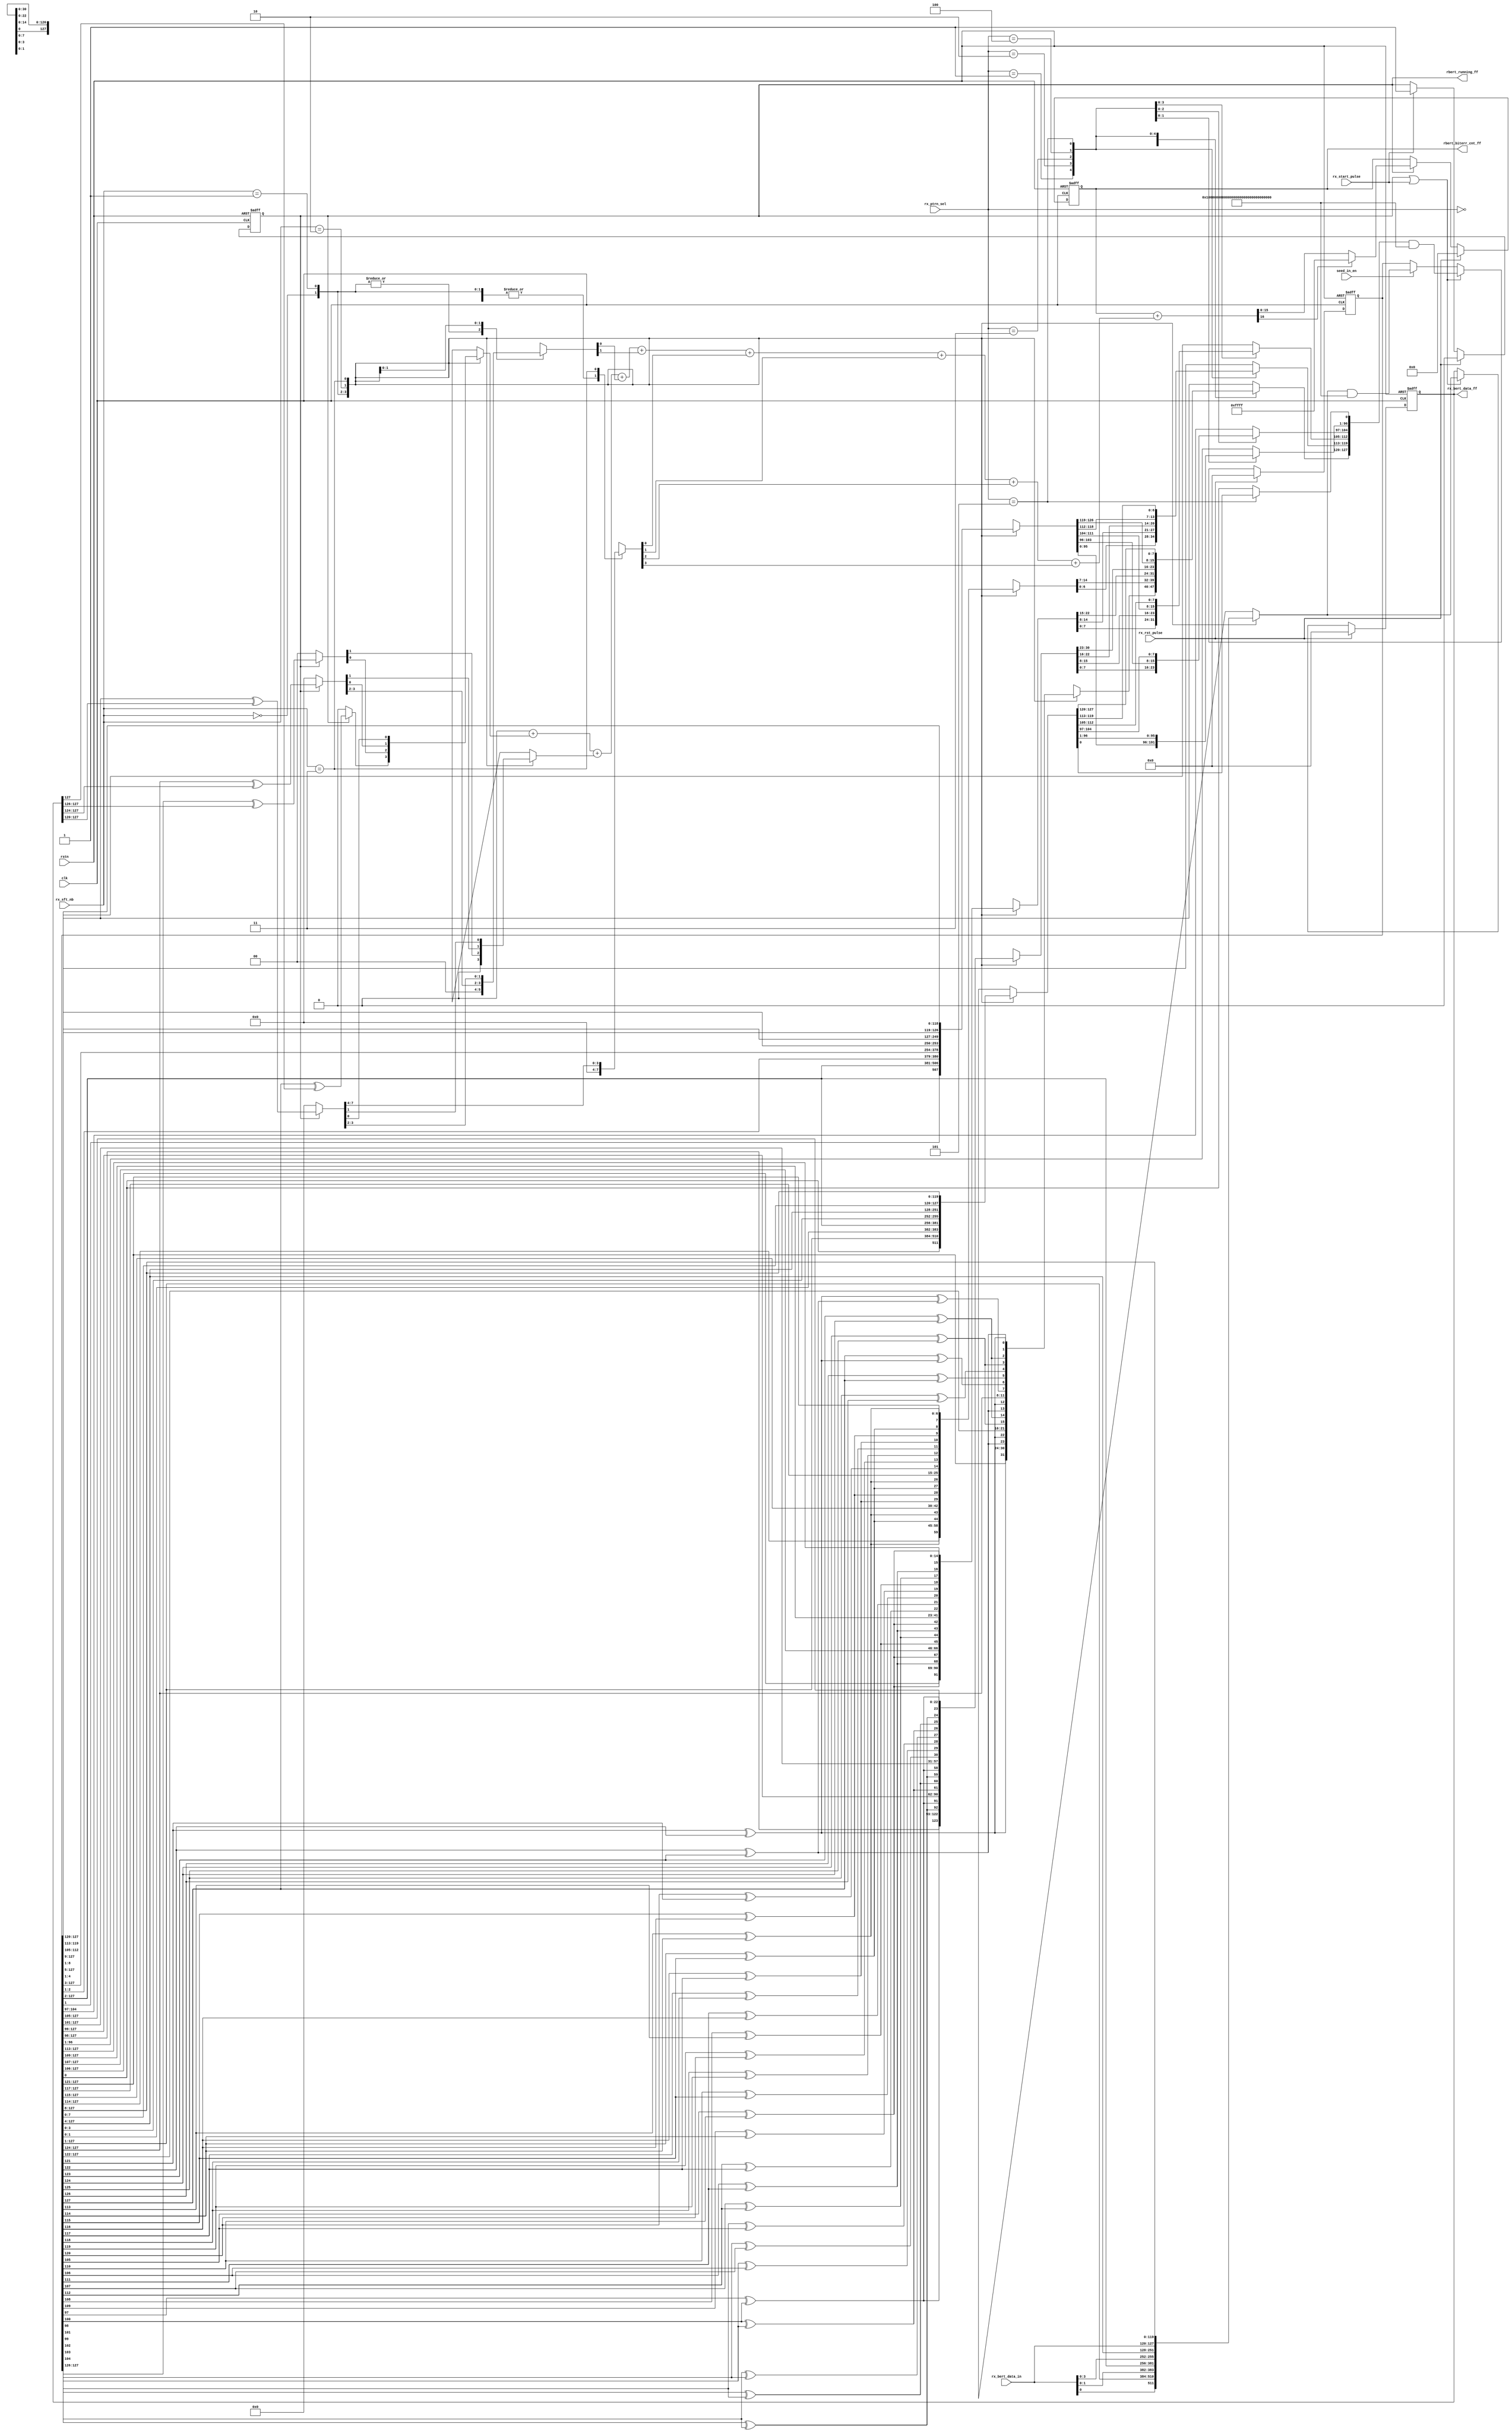
// SPDX-License-Identifier: Apache-2.0
// Copyright (C) 2022 HCL Technologies Ltd.
// Copyright (C) 2022 Blue Cheetah Analog Design, Inc.

module aib_bert_chk #(
parameter [0:0] BERT_BUF_MODE_EN = 1  // Enables Buffer mode for BERT
)
(
input            clk,                  // Rx BERT clock
input            rstn,                 // Active low asynchronous reset 
input            rx_rst_pulse,         // Resets synchronously RX BERT logic
input            rx_start_pulse,       // Starts data comparison process
input            seed_in_en,           // Seed input mode enable
input      [1:0] rx_sft_nb,            // Selects the number  of valid data bits
                                       // per clock
input      [7:0]   rx_bert_data_in,    // Data bits from RX FIFO
input      [2:0]   rx_ptrn_sel,        // Pattern selection
output reg [127:0] rx_bert_data_ff,    // Last 128 received bits
output reg         rbert_running_ff,   // Rx BERT checker is running
output reg [15:0]  rbert_biterr_cnt_ff // Rx bit error counter
);

// Defines the number of bits to be considered in RX data:
localparam [1:0] NBIT1 = 2'b00; // 1 bit per clock
localparam [1:0] NBIT2 = 2'b01; // 2 bit per clock
localparam [1:0] NBIT4 = 2'b10; // 4 bit per clock
localparam [1:0] NBIT8 = 2'b11; // 8 bit per clock

// Defines pattern check
localparam [2:0] PRBS7   = 3'b000; // PRBS7 selected
localparam [2:0] PRBS15  = 3'b001; // PRBS15 selected
localparam [2:0] PRBS23  = 3'b010; // PRBS23 selected
localparam [2:0] PRBS31  = 3'b011; // PRBS31 selected
localparam [2:0] PTRN127 = 3'b100; // 127-bit pattern selected
localparam [2:0] PTRN128 = 3'b101; // 127-bit pattern selected

integer i; // Integer used on error increment calculation

// Internal Regs
reg  [127:0] lfsr_buf_ff;      // Linear feedback shift register (LFSR)
reg  [127:0] seed_data_in;     // Seed data input for self seeding process
reg  [127:0] lfsr_buf_next;    // Indicate the next value of LFSR
reg  [  7:0] bit_err;          // Indicates all the bit error per clock
reg  [  3:0] rxbert_inc_val;   // Indicates the increment value of error counter
reg          co2_nc;           // Unconnected carryout

// Internal wires
wire [15:0] rbert_biterr_cnt_in; // Error counter input
wire [15:0] rbert_biterr_nxt;    // Next Error counter value
wire        co1_cnt;             // Error counter carryout

wire [7:0] lfsr7_sft1; // LSFR7 calculation shifted by 1 bit on the right
wire [7:0] lfsr7_sft2; // LSFR7 calculation shifted by 2 bit on the right
wire [7:0] lfsr7_sft3; // LSFR7 calculation shifted by 3 bit on the right
wire [7:0] lfsr7_sft4; // LSFR7 calculation shifted by 4 bit on the right
wire [7:0] lfsr7_sft5; // LSFR7 calculation shifted by 5 bit on the right
wire [7:0] lfsr7_sft6; // LSFR7 calculation shifted by 6 bit on the right
wire [7:0] lfsr7_sft7; // LSFR7 calculation shifted by 7 bit on the right
wire [7:0] lfsr7_sft8; // LSFR7 calculation shifted by 8 bit on the right

wire [14:0] lfsr15_sft1; // LSFR15 calculation shifted by 1 bit on the right
wire [14:0] lfsr15_sft2; // LSFR15 calculation shifted by 2 bit on the right
wire [14:0] lfsr15_sft3; // LSFR15 calculation shifted by 3 bit on the right
wire [14:0] lfsr15_sft4; // LSFR15 calculation shifted by 4 bit on the right
wire [14:0] lfsr15_sft5; // LSFR15 calculation shifted by 5 bit on the right
wire [14:0] lfsr15_sft6; // LSFR15 calculation shifted by 6 bit on the right
wire [14:0] lfsr15_sft7; // LSFR15 calculation shifted by 7 bit on the right
wire [14:0] lfsr15_sft8; // LSFR15 calculation shifted by 8 bit on the right

wire [22:0] lfsr23_sft1; // LSFR23 calculation shifted by 1 bit on the right
wire [22:0] lfsr23_sft2; // LSFR23 calculation shifted by 2 bit on the right
wire [22:0] lfsr23_sft3; // LSFR23 calculation shifted by 3 bit on the right
wire [22:0] lfsr23_sft4; // LSFR23 calculation shifted by 4 bit on the right
wire [22:0] lfsr23_sft5; // LSFR23 calculation shifted by 5 bit on the right
wire [22:0] lfsr23_sft6; // LSFR23 calculation shifted by 6 bit on the right
wire [22:0] lfsr23_sft7; // LSFR23 calculation shifted by 7 bit on the right
wire [22:0] lfsr23_sft8; // LSFR23 calculation shifted by 8 bit on the right

wire [30:0] lfsr31_sft1; // LSFR31 calculation shifted by 1 bit on the right
wire [30:0] lfsr31_sft2; // LSFR31 calculation shifted by 2 bit on the right
wire [30:0] lfsr31_sft3; // LSFR31 calculation shifted by 3 bit on the right
wire [30:0] lfsr31_sft4; // LSFR31 calculation shifted by 4 bit on the right
wire [30:0] lfsr31_sft5; // LSFR31 calculation shifted by 5 bit on the right
wire [30:0] lfsr31_sft6; // LSFR31 calculation shifted by 6 bit on the right
wire [30:0] lfsr31_sft7; // LSFR31 calculation shifted by 7 bit on the right
wire [30:0] lfsr31_sft8; // LSFR31 calculation shifted by 8 bit on the right

//------------------------------------------------------------------------------
//     RX BERT checker enable: received data is compared with expected data
//------------------------------------------------------------------------------

// This register enables data comparison
always @(posedge clk or negedge rstn)
  begin: rbert_running_register
    if(!rstn) // Async reset
      begin
        rbert_running_ff <= 1'h0;
      end
    else if(rx_rst_pulse)
      begin
        rbert_running_ff <= 1'h0;
      end
    else if(rx_start_pulse)
      begin
        rbert_running_ff <= 1'b1;
      end
  end // block: rbert_running_register

//------------------------------------------------------------------------------
//        Seeding value selection according to CRR configuration
//------------------------------------------------------------------------------

// Seeding logic
always @(*)
  begin: seed_data_in_logic
    case(rx_sft_nb[1:0])
      NBIT1: // Receives 1 bit per clock
        begin
          seed_data_in[127:0] = {rx_bert_data_in[0],
                                 lfsr_buf_ff[127:1]};
        end
      NBIT2: // Receives 2 bit per clock
        begin
          seed_data_in[127:0] = {rx_bert_data_in[1:0],
                                 lfsr_buf_ff[127:2]};
        end
      NBIT4: // Receives 4 bit per clock
        begin
          seed_data_in[127:0] = {rx_bert_data_in[3:0],
                                 lfsr_buf_ff[127:4]};
        end
      NBIT8: // Receives 8 bit per clock
        begin
          seed_data_in[127:0] = {rx_bert_data_in[7:0],
                                 lfsr_buf_ff[127:8]};
        end
    endcase
  end // block: seed_data_in_logic

//------------------------------------------------------------------------------
//      Next value of LFSR7 register when operating in check mode 
//------------------------------------------------------------------------------
// Polynomial
// x7  + x6  + 1

// One for each configuration: 1bit/clk, 2bit/clk, 4bit/clk and 8bit/clk
assign lfsr7_sft1[7:0] = {(lfsr_buf_ff[121] ^ lfsr_buf_ff[122]),
                           lfsr_buf_ff[127:121]};

assign lfsr7_sft2[7:0] = {(lfsr7_sft1[1] ^ lfsr7_sft1[2]),lfsr7_sft1[7:1]};
assign lfsr7_sft3[7:0] = {(lfsr7_sft2[1] ^ lfsr7_sft2[2]),lfsr7_sft2[7:1]};
assign lfsr7_sft4[7:0] = {(lfsr7_sft3[1] ^ lfsr7_sft3[2]),lfsr7_sft3[7:1]};
assign lfsr7_sft5[7:0] = {(lfsr7_sft4[1] ^ lfsr7_sft4[2]),lfsr7_sft4[7:1]};
assign lfsr7_sft6[7:0] = {(lfsr7_sft5[1] ^ lfsr7_sft5[2]),lfsr7_sft5[7:1]};
assign lfsr7_sft7[7:0] = {(lfsr7_sft6[1] ^ lfsr7_sft6[2]),lfsr7_sft6[7:1]};
assign lfsr7_sft8[7:0] = {(lfsr7_sft7[1] ^ lfsr7_sft7[2]),lfsr7_sft7[7:1]};

//------------------------------------------------------------------------------
//      Next value of LFSR15 register when operating in check mode 
//------------------------------------------------------------------------------
// Polynomial
// x15 + x14 + 1

// One for each configuration: 1bit/clk, 2bit/clk, 4bit/clk and 8bit/clk
assign lfsr15_sft1[14:0] = {(lfsr_buf_ff[113] ^ lfsr_buf_ff[114]),
                             lfsr_buf_ff[127:114]};

assign lfsr15_sft2[14:0] = {(lfsr15_sft1[0] ^ lfsr15_sft1[1]),lfsr15_sft1[14:1]};
assign lfsr15_sft3[14:0] = {(lfsr15_sft2[0] ^ lfsr15_sft2[1]),lfsr15_sft2[14:1]};
assign lfsr15_sft4[14:0] = {(lfsr15_sft3[0] ^ lfsr15_sft3[1]),lfsr15_sft3[14:1]};
assign lfsr15_sft5[14:0] = {(lfsr15_sft4[0] ^ lfsr15_sft4[1]),lfsr15_sft4[14:1]};
assign lfsr15_sft6[14:0] = {(lfsr15_sft5[0] ^ lfsr15_sft5[1]),lfsr15_sft5[14:1]};
assign lfsr15_sft7[14:0] = {(lfsr15_sft6[0] ^ lfsr15_sft6[1]),lfsr15_sft6[14:1]};
assign lfsr15_sft8[14:0] = {(lfsr15_sft7[0] ^ lfsr15_sft7[1]),lfsr15_sft7[14:1]};

//------------------------------------------------------------------------------
//      Next value of LFSR23 register when operating in check mode 
//------------------------------------------------------------------------------
// Polynomial
// x23 + x18 + 1

// One for each configuration: 1bit/clk, 2bit/clk, 4bit/clk and 8bit/clk
assign lfsr23_sft1[22:0] = {(lfsr_buf_ff[105] ^ lfsr_buf_ff[110]),
                             lfsr_buf_ff[127:106]};

assign lfsr23_sft2[22:0] = {(lfsr23_sft1[0] ^ lfsr23_sft1[5]),lfsr23_sft1[22:1]};
assign lfsr23_sft3[22:0] = {(lfsr23_sft2[0] ^ lfsr23_sft2[5]),lfsr23_sft2[22:1]};
assign lfsr23_sft4[22:0] = {(lfsr23_sft3[0] ^ lfsr23_sft3[5]),lfsr23_sft3[22:1]};
assign lfsr23_sft5[22:0] = {(lfsr23_sft4[0] ^ lfsr23_sft4[5]),lfsr23_sft4[22:1]};
assign lfsr23_sft6[22:0] = {(lfsr23_sft5[0] ^ lfsr23_sft5[5]),lfsr23_sft5[22:1]};
assign lfsr23_sft7[22:0] = {(lfsr23_sft6[0] ^ lfsr23_sft6[5]),lfsr23_sft6[22:1]};
assign lfsr23_sft8[22:0] = {(lfsr23_sft7[0] ^ lfsr23_sft7[5]),lfsr23_sft7[22:1]};

//------------------------------------------------------------------------------
//      Next value of LFSR31 register when operating in check mode 
//------------------------------------------------------------------------------
// Polynomial
// x31 + x28 + 1

// One for each configuration: 1bit/clk, 2bit/clk, 4bit/clk and 8bit/clk
assign lfsr31_sft1[30:0] = {(lfsr_buf_ff[97] ^ lfsr_buf_ff[100]),
                             lfsr_buf_ff[127:98]};

assign lfsr31_sft2[30:0] = {(lfsr31_sft1[0] ^ lfsr31_sft1[3]),lfsr31_sft1[30:1]};
assign lfsr31_sft3[30:0] = {(lfsr31_sft2[0] ^ lfsr31_sft2[3]),lfsr31_sft2[30:1]};
assign lfsr31_sft4[30:0] = {(lfsr31_sft3[0] ^ lfsr31_sft3[3]),lfsr31_sft3[30:1]};
assign lfsr31_sft5[30:0] = {(lfsr31_sft4[0] ^ lfsr31_sft4[3]),lfsr31_sft4[30:1]};
assign lfsr31_sft6[30:0] = {(lfsr31_sft5[0] ^ lfsr31_sft5[3]),lfsr31_sft5[30:1]};
assign lfsr31_sft7[30:0] = {(lfsr31_sft6[0] ^ lfsr31_sft6[3]),lfsr31_sft6[30:1]};
assign lfsr31_sft8[30:0] = {(lfsr31_sft7[0] ^ lfsr31_sft7[3]),lfsr31_sft7[30:1]};

//------------------------------------------------------------------------------
//         Logic to calculate next values of bit sequence
//------------------------------------------------------------------------------

// LFSR next value value logic
always @(*)
  begin: lfsr_buf_next_logic
    lfsr_buf_next[127:0] = lfsr_buf_ff[127:0];
    case(rx_ptrn_sel[2:0])
      PRBS7: // PRBS7 selected
        begin
          case(rx_sft_nb[1:0])
            NBIT1: // Receives 1 bit per clock
              begin
                lfsr_buf_next[127:120] = lfsr7_sft1[7:0];
              end
            NBIT2: // Receives 2 bit per clock
              begin
                lfsr_buf_next[127:120] = lfsr7_sft2[7:0];
              end
            NBIT4: // Receives 4 bit per clock
              begin
                lfsr_buf_next[127:120] = lfsr7_sft4[7:0];
              end
            NBIT8: // Receives 8 bit per clock
              begin
                lfsr_buf_next[127:120] = lfsr7_sft8[7:0];
              end
          endcase
        end
      PRBS15: // PRBS15 selected
        begin
          case(rx_sft_nb[1:0])
            NBIT1: // Receives 1 bit per clock
              begin
                lfsr_buf_next[127:113] = lfsr15_sft1[14:0];
              end
            NBIT2: // Receives 2 bit per clock
              begin
                lfsr_buf_next[127:113] = lfsr15_sft2[14:0];
              end
            NBIT4: // Receives 4 bit per clock
              begin
                lfsr_buf_next[127:113] = lfsr15_sft4[14:0];
              end
            NBIT8: // Receives 8 bit per clock
              begin
                lfsr_buf_next[127:113] = lfsr15_sft8[14:0];
              end
          endcase
        end
      PRBS23: // PRBS23 selected
        begin
          case(rx_sft_nb[1:0])
            NBIT1: // Receives 1 bit per clock
              begin
                lfsr_buf_next[127:105] = lfsr23_sft1[22:0];
              end
            NBIT2: // Receives 2 bit per clock
              begin
                lfsr_buf_next[127:105] = lfsr23_sft2[22:0];
              end
            NBIT4: // Receives 4 bit per clock
              begin
                lfsr_buf_next[127:105] = lfsr23_sft4[22:0];
              end
            NBIT8: // Receives 8 bit per clock
              begin
                lfsr_buf_next[127:105] = lfsr23_sft8[22:0];
              end
          endcase
        end 
      PRBS31:  // PRBS31 selected
        begin
          case(rx_sft_nb[1:0])
            NBIT1: // Receives 1 bit per clock
              begin
                lfsr_buf_next[127:97] = lfsr31_sft1[30:0];
              end
            NBIT2: // Receives 2 bit per clock
              begin
                lfsr_buf_next[127:97] = lfsr31_sft2[30:0];
              end
            NBIT4: // Receives 4 bit per clock
              begin
                lfsr_buf_next[127:97] = lfsr31_sft4[30:0];
              end
            NBIT8: // Receives 8 bit per clock
              begin
                lfsr_buf_next[127:97] = lfsr31_sft8[30:0];
              end
          endcase
        end
      PTRN127: // 127-bit pattern selected
        begin
          case(rx_sft_nb[1:0])
            NBIT1: // Receives 1 bit per clock
              begin
                lfsr_buf_next[127:1] = { lfsr_buf_ff[1],
                                         lfsr_buf_ff[127:2]  };
              end
            NBIT2: // Receives 2 bit per clock
              begin
                lfsr_buf_next[127:1] = { lfsr_buf_ff[2:1],
                                         lfsr_buf_ff[127:3] };
              end
            NBIT4: // Receives 4 bit per clock
              begin
                lfsr_buf_next[127:1] = { lfsr_buf_ff[4:1],
                                         lfsr_buf_ff[127:5] };
              end
            NBIT8: // Receives 8 bit per clock
              begin
                lfsr_buf_next[127:1] = { lfsr_buf_ff[8:1],
                                         lfsr_buf_ff[127:9] };
              end
          endcase
        end
      PTRN128: // 128-bit pattern selected
        begin
          case(rx_sft_nb[1:0])
            NBIT1: // Receives 1 bit per clock
              begin
                lfsr_buf_next[127:0] = { lfsr_buf_ff[0],
                                         lfsr_buf_ff[127:1]  };
              end
            NBIT2: // Receives 2 bit per clock
              begin
                lfsr_buf_next[127:0] = { lfsr_buf_ff[1:0],
                                         lfsr_buf_ff[127:2] };
              end
            NBIT4: // Receives 4 bit per clock
              begin
                lfsr_buf_next[127:0] = { lfsr_buf_ff[3:0],
                                         lfsr_buf_ff[127:4] };
              end
            NBIT8: // Receives 8 bit per clock
              begin
                lfsr_buf_next[127:0] = { lfsr_buf_ff[7:0],
                                         lfsr_buf_ff[127:8] };
              end
          endcase
        end
      default: //Reserved selections keep the register value
        begin
          lfsr_buf_next[127:0] = lfsr_buf_ff[127:0];
        end
    endcase
  end // block: lfsr_buf_next_logic

//------------------------------------------------------------------------------
//                    Linear feedback shift register
//------------------------------------------------------------------------------

// Linear feedback shift register
always @(posedge clk or negedge rstn)
  begin: lfsr_buf_register
    if(!rstn) // Async reset
      begin
        lfsr_buf_ff[127:0] <= 128'h0000_0000_0000_0000_0000_0000_0000_0000;
      end
    else if(rx_rst_pulse)
      begin
        lfsr_buf_ff[127:0] <= 128'h0000_0000_0000_0000_0000_0000_0000_0000;
      end
    else if(rbert_running_ff  | rx_start_pulse)
      begin
        lfsr_buf_ff[127:0] <= lfsr_buf_next[127:0] &
                              {31'h7fff_ffff,{97{BERT_BUF_MODE_EN}}};
      end
    else if(seed_in_en)
      begin
        lfsr_buf_ff[127:0] <= seed_data_in[127:0] &
                              {31'h7fff_ffff,{97{BERT_BUF_MODE_EN}}};
      end
  end // block: lfsr_buf_register

//------------------------------------------------------------------------------
//                RX data buffer - stores the last 128 receive bits
//------------------------------------------------------------------------------

// Linear feedback shift register
always @(posedge clk or negedge rstn)
  begin: rx_bert_data_register
    if(!rstn) // Async reset
      begin
        rx_bert_data_ff[127:0] <= 128'h0000_0000_0000_0000_0000_0000_0000_0000;
      end
    else if(rx_rst_pulse)
      begin
        rx_bert_data_ff[127:0] <= 128'h0000_0000_0000_0000_0000_0000_0000_0000;
      end
    else if(rbert_running_ff  | rx_start_pulse)
      begin
        rx_bert_data_ff[127:0] <= seed_data_in[127:0];
      end
  end // block: rx_bert_data_register

//------------------------------------------------------------------------------
//                           Bit error detection
//------------------------------------------------------------------------------

// Detects bit error according to operation mode
always @(*)
  begin: bit_err_logic
    bit_err[7:0]     = 8'b00;
    case(rx_sft_nb[1:0])
      NBIT1: // Receives 1 bit per clock
        begin
          if(rbert_running_ff)
            bit_err[0] = lfsr_buf_ff[127] ^ rx_bert_data_ff[127];
        end
      NBIT2: // Receives 2 bit per clock
        begin
          if(rbert_running_ff)
            bit_err[1:0] = lfsr_buf_ff[127:126] ^ rx_bert_data_ff[127:126];
        end
      NBIT4: // Receives 4 bit per clock
        begin
          if(rbert_running_ff)
            bit_err[3:0] = lfsr_buf_ff[127:124] ^ rx_bert_data_ff[127:124];
        end
      NBIT8: // Receives 8 bit per clock
        begin
          if(rbert_running_ff)
            bit_err[7:0] = lfsr_buf_ff[127:120] ^ rx_bert_data_ff[127:120];
        end
    endcase
  end // block: bit_err_logic

//------------------------------------------------------------------------------
//                       Rx BERT Error counter implementation
//------------------------------------------------------------------------------

// Error counter increment logic
// Calculates the error counter increment based on the total number of bit
// errors in 8-bit word
always @(*)
  begin: rxbert_inc_val_logic
    rxbert_inc_val[3:0] = 4'h0;
    for(i=0;i<8;i=i+1)
      begin
        rxbert_inc_val[3:0] = rxbert_inc_val[3:0] + {3'h0,bit_err[i]};
      end
  end // block: rxbert_inc_val_logic


assign {co1_cnt,rbert_biterr_nxt[15:0]}  = rbert_biterr_cnt_ff[15:0] +
                                          {12'h0,rxbert_inc_val[3:0]};

// Check saturation of error counter
assign rbert_biterr_cnt_in[15:0] = co1_cnt ? 16'hffff : rbert_biterr_nxt[15:0];

// Linear feedback shift register
always @(posedge clk or negedge rstn)
  begin: rbert_biterr_cnt_register
    if(!rstn) // Async reset
      begin
        rbert_biterr_cnt_ff[15:0] <= {16{1'b0}};
      end
    else if(rx_rst_pulse)
      begin
        rbert_biterr_cnt_ff[15:0] <= {16{1'b0}};
      end
    else if(rbert_running_ff)
      begin
        rbert_biterr_cnt_ff[15:0] <= rbert_biterr_cnt_in[15:0];
      end
  end // block: rbert_biterr_cnt_register


endmodule // aib_bert_chk